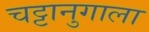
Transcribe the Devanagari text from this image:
चट्टानुगाला